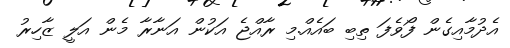
އެދުމާއިގެން ފޯވެފަ ތިބި ބައެއް.މި ރާއްޖެ އަކުން އަނާރާ މެން އަލީ ޒާހިރު